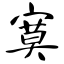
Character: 寞